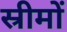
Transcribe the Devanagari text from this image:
स्रीमों